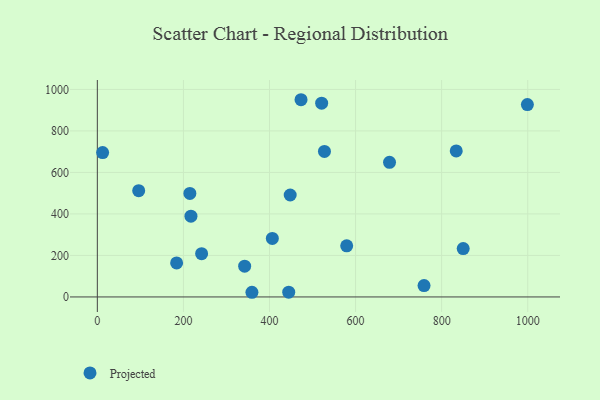
{"axis": {"x": "Speed", "y": "Profit"}, "legend": ["Projected"], "data": [{"x": "242.3", "y": 208.7, "type": "Projected"}, {"x": "850.1", "y": 233.0, "type": "Projected"}, {"x": "215.0", "y": 499.0, "type": "Projected"}, {"x": "342.3", "y": 148.5, "type": "Projected"}, {"x": "678.9", "y": 648.9, "type": "Projected"}, {"x": "527.7", "y": 701.0, "type": "Projected"}, {"x": "833.9", "y": 703.5, "type": "Projected"}, {"x": "999.2", "y": 926.9, "type": "Projected"}, {"x": "473.3", "y": 950.3, "type": "Projected"}, {"x": "217.5", "y": 389.1, "type": "Projected"}, {"x": "444.7", "y": 22.9, "type": "Projected"}, {"x": "359.2", "y": 22.5, "type": "Projected"}, {"x": "579.4", "y": 246.3, "type": "Projected"}, {"x": "406.6", "y": 281.8, "type": "Projected"}, {"x": "521.2", "y": 933.6, "type": "Projected"}, {"x": "184.2", "y": 164.0, "type": "Projected"}, {"x": "96.1", "y": 512.0, "type": "Projected"}, {"x": "759.1", "y": 54.7, "type": "Projected"}, {"x": "448.1", "y": 491.3, "type": "Projected"}, {"x": "12.3", "y": 695.5, "type": "Projected"}]}